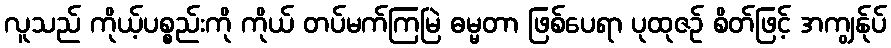
လူသည် ကိုယ့်ပစ္စည်းကို ကိုယ် တပ်မက်ကြမြဲ ဓမ္မတာ ဖြစ်ပေရာ ပုထုဇဉ် စိတ်ဖြင့် အကျွန်ုပ်